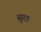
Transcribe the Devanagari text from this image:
सुराः